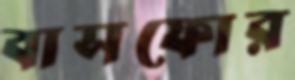
বাসফোর